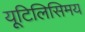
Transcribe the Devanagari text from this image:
यूटिलिसिमय